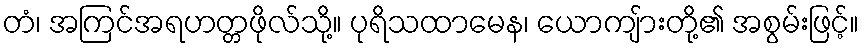
တံ၊ အကြင်အရဟတ္တဖိုလ်သို့။ ပုရိသထာမေန၊ ယောကျ်ားတို့၏ အစွမ်းဖြင့်။